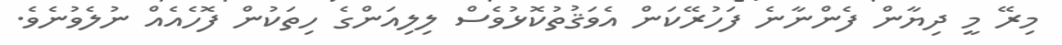
މިރޭ މީ ދިޔާން ފެންނާނެ ފަހުރޭކަން އެވަޤުތުކޮޅުވެސް ލިލިއަންގެ ހިތަކުން ފޮހެެއެއް ނުލެވުނެވެ.